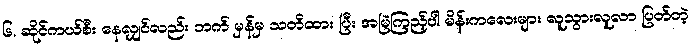
၆. ဆိုင်ကယ်စီး နေလျှင်လည်း ဘက် မှန်မှ သတိထား ပြီး အမြဲကြည့်ပါ မိန်းကလေးများ လူသွားလူလာ ပြတ်တဲ့